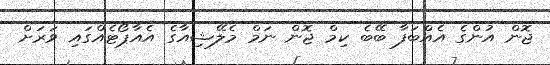
ޖޮން އުންގެ އެއްބަފާ ބޭބެ ކިމް ޖޮން ނަމް މެލޭޝިއާގެ އެއާޕޯޓެއްގައި ވަރަށް